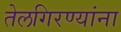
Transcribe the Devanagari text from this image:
तेलगिरण्यांना